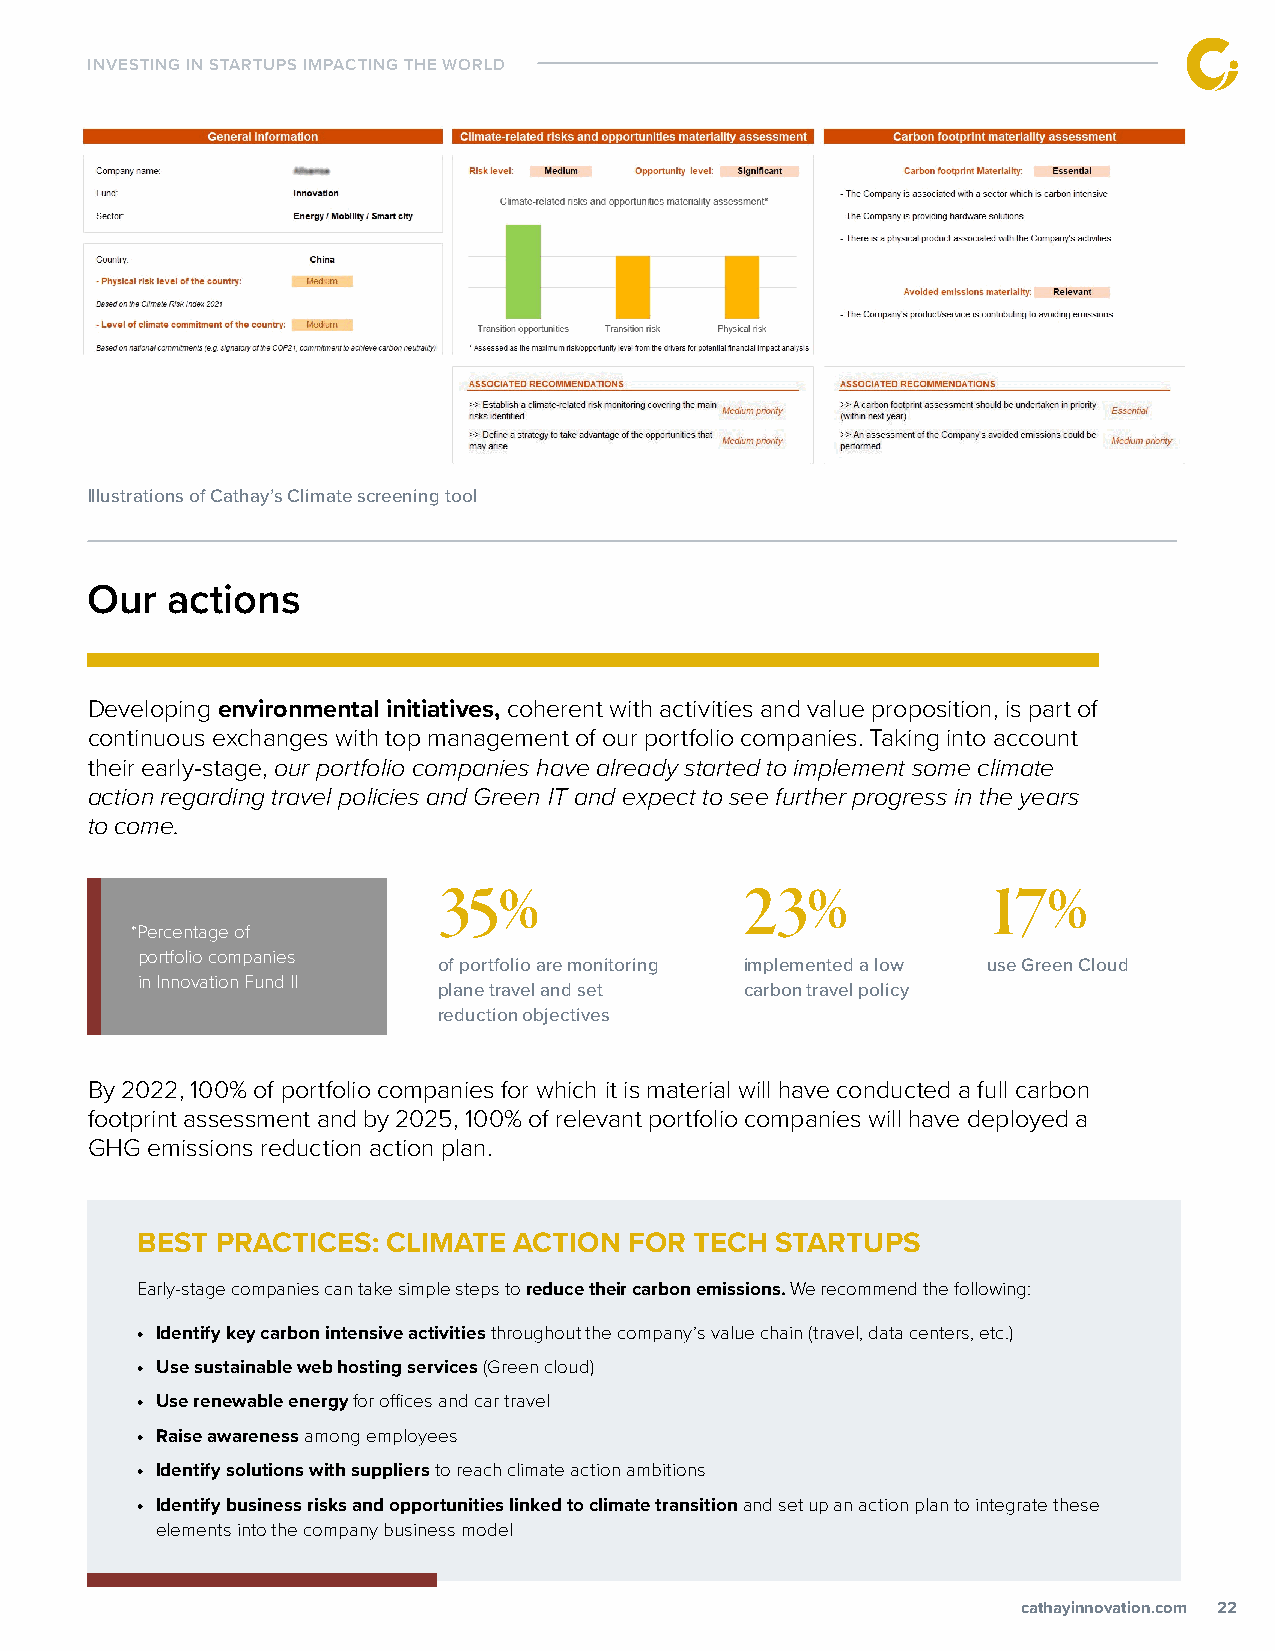
INVESTING IN STARTUPS IMPACTING THE WORLD
 Illustrations of Cathay’s Climate screening tool
 Our  actions
 Developing environmental initiatives, coherent with activities and value proposition, is part of
 continuous exchanges with top management of our portfolio companies. Taking into account
 their early-stage, our portfolio companies have already started to implement some climate
 action regarding travel policies and Green IT and expect to see further progress in the years
 to come.
 35%                 23%             17%
 *Percentage of
 portfolio companies
 of portfolio are monitoring implemented a low use Green Cloud
 in Innovation Fund II
 plane travel and set carbon travel policy
 reduction objectives
 By 2022, 100% of portfolio companies for which it is material will have conducted a full carbon
 footprint assessment and by 2025, 100% of relevant portfolio companies will have deployed a
 GHG emissions reduction action plan.
 BEST PRACTICES:  CLIMATE ACTION  FOR TECH STARTUPS
 Early-stage companies can take simple steps to reduce their carbon emissions. We recommend the following:
 • Identify key carbon intensive activities throughout the company’s value chain (travel, data centers, etc.)
 • Use sustainable web hosting services (Green cloud)
 • Use renewable energy for offices and car travel
 • Raise awareness among employees
 • Identify solutions with suppliers to reach climate action ambitions
 • Identify business risks and opportunities linked to climate transition and set up an action plan to integrate these
 elements into the company business model
 ccaatthhaayyiinnnnoovvaattiioonn..ccoomm 22